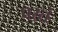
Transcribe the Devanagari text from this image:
परतं